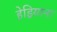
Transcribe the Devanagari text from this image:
हेड्रियाना